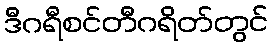
ဒီဂရီစင်တီဂရိတ်တွင်